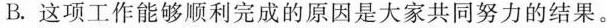
B.这项工作能够顺利完成的原因是大家共同努力的结果。